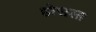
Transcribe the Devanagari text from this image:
होसला